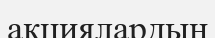
ақциялардың